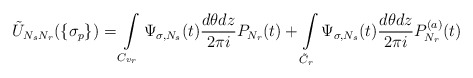
\begin{align*}\tilde U_{N_sN_r}(\{\sigma_p\})=\int\limits_{C_{v_r}}\Psi_{\sigma,N_s}(t)\frac{d\theta dz} {2\pi i}P_{N_r}(t)+\int\limits_{\tilde C_r}\Psi_{\sigma,N_s}(t)\frac{d\theta dz} {2\pi i}P_{N_r}^{(a)}(t)\end{align*}